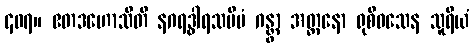
၄၀၇။ ဧတဒဟောသီတိ နဂရဒွါရသမီပံ ဂန္တွာ အတ္တနော ရုစိဝသေန သူရိယံ